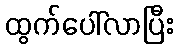
ထွက်ပေါ်လာပြီး